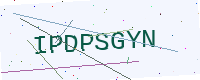
Text: IPDPSGYN